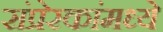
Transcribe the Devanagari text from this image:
संप्रेरकांमध्ये